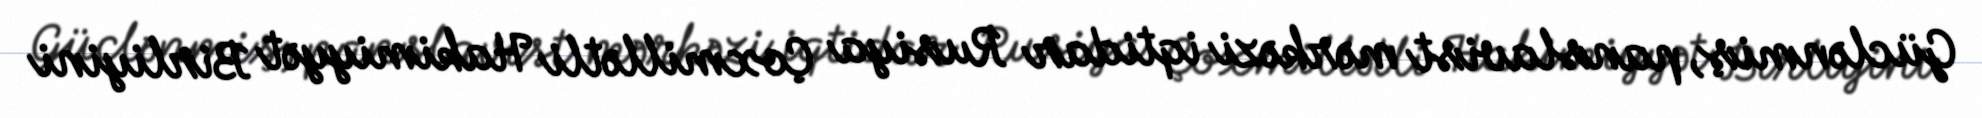
Güclənmiş, panslavist mərkəzi iqtidar Rusiya Çoxmillətli Hakimiyyət Birliyini